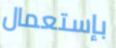
بإستعمال